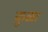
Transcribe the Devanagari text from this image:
कुळा